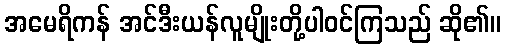
အမေရိကန် အင်ဒီးယန်လူမျိုးတို့ပါဝင်ကြသည် ဆို၏။